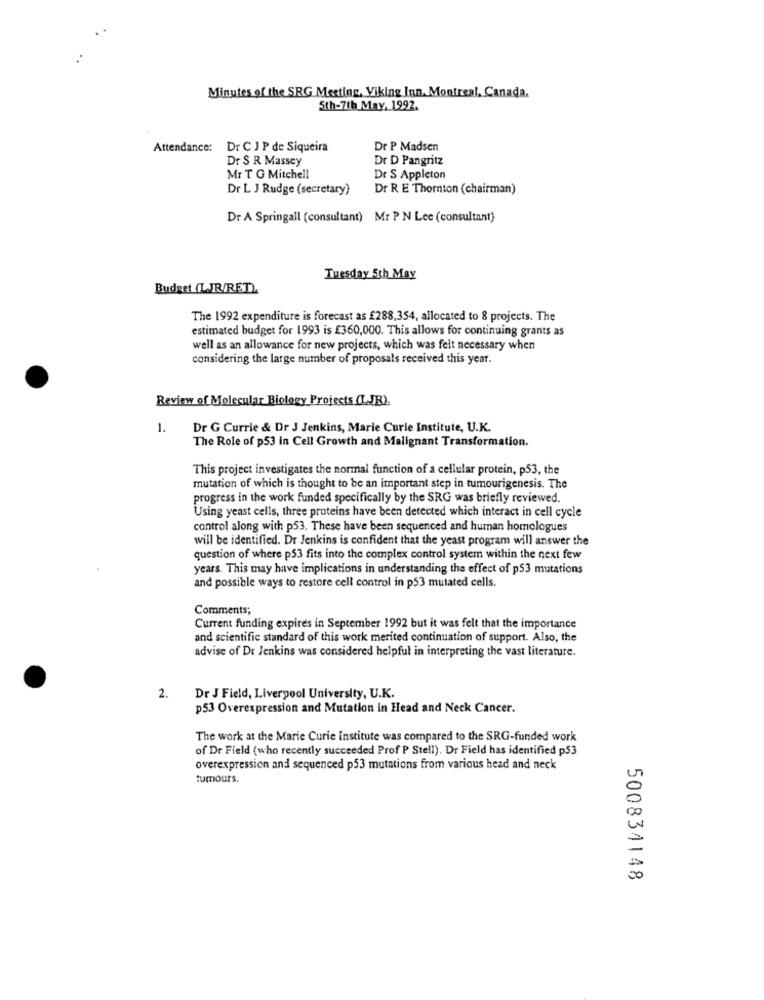
Minutes of the SRG Meeting, Viking Inn. Montreal, Canada.
5th-7th May, 1992.
Attendance: Dr C J P de Siqueira
Dr P Madsen
Dr S R Massey
Dr D Pangritz
Mr T G Mitchell
Dr S Appleton
Dr L J Rudge (secretary)
Dr R E Thornton (chairman)
Dr A Springall (consultant) Mr P N Lee (consultant)
Tuesday 5th May
Budget (LJR/RET).
The 1992 expenditure is forecast as £288,354, allocated to 8 projects. The
estimated budget for 1993 is £360,000. This allows for continuing grants as
well as an allowance for new projects, which was felt necessary when
considering the large number of proposals received this year.
Review of Molecular Biology Projects (LJR).
1.
Dr G Currie & Dr J Jenkins, Marie Curie Institute, U.K.
The Role of p53 in Cell Growth and Malignant Transformation.
This project investigates the normal function of a cellular protein, p53, the
mutation of which is thought to be an important step in tumourigenesis. The
progress in the work funded specifically by the SRG was briefly reviewed.
Using yeast cells, three proteins have been detected which interact in cell cycle
control along with p53. These have been sequenced and human homologues
will be identified. Dr Jenkins is confident that the yeast program will answer the
question of where p53 fits into the complex control system within the next few
years. This may have implications in understanding the effect of p53 mutations
and possible ways to restore cell control in p53 mutated cells.
Comments;
Current funding expires in September 1992 but it was felt that the importance
and scientific standard of this work merited continuation of support. Also, the
advise of Dr Jenkins was considered helpful in interpreting the vast literature.
2.
Dr J Field, Liverpool University, U.K.
p53 Overexpression and Mutation in Head and Neck Cancer.
The work at the Marie Curie Institute was compared to the SRG-funded work
of Dr Field (who recently succeeded Prof P Stell). Dr Field has identified p53
overexpression and sequenced p53 mutations from various head and neck
tumours.
500834148